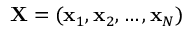
\mathbf { X } = ( \mathbf { x } _ { 1 } , \mathbf { x } _ { 2 } , \ldots , \mathbf { x } _ { N } )